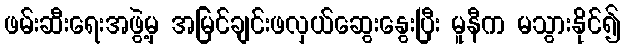
ဖမ်းဆီးရေးအဖွဲ့မှ အမြင်ချင်းဖလှယ်ဆွေးနွေးပြီး မူနီက မသွားနိုင်၍